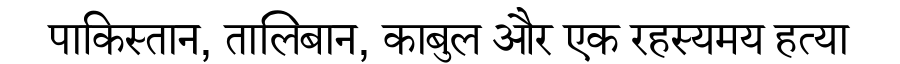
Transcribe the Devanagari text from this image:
पाकिस्तान, तालिबान, काबुल और एक रहस्यमय हत्या